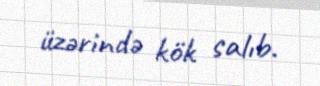
üzərində kök salıb.